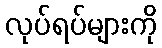
လုပ်ရပ်များကို